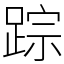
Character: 踪